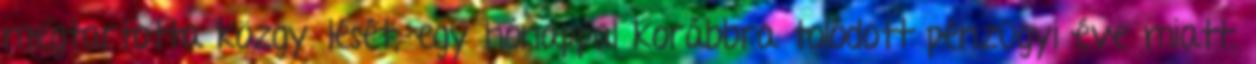
megtartotta közgyűlését, egy hónappal korábbra tolódott pénzügyi éve miatt.